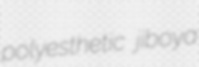
polyesthetic jiboya